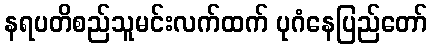
နရပတိစည်သူမင်းလက်ထက် ပုဂံနေပြည်တော်